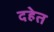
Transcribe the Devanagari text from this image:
दहेत